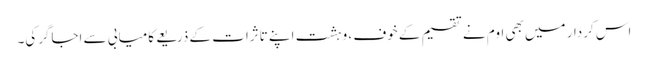
اس کردار میں بھی اوم نے تقسیم کے خوف ، وہشت اپنے تاثرات کے ذریعے کامیابی سے اجاگرکی۔